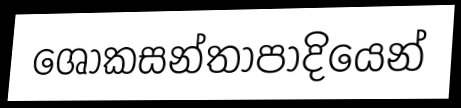
ශෝකසන්තාපාදියෙන්